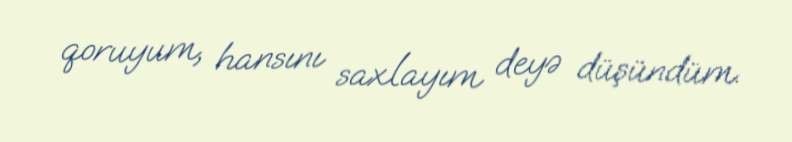
qoruyum, hansını saxlayım deyə düşündüm.